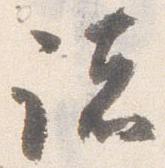
諸